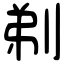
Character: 剃